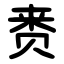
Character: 赉